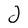
Character: J